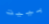
بييت